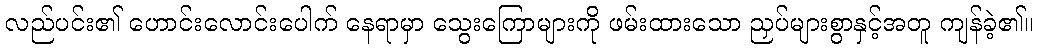
လည်ပင်း၏ ဟောင်းလောင်းပေါက် နေရာမှာ သွေးကြောများကို ဖမ်းထားသော ညှပ်များစွာနှင့်အတူ ကျန်ခဲ့၏။